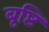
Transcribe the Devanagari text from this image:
बृष्टि